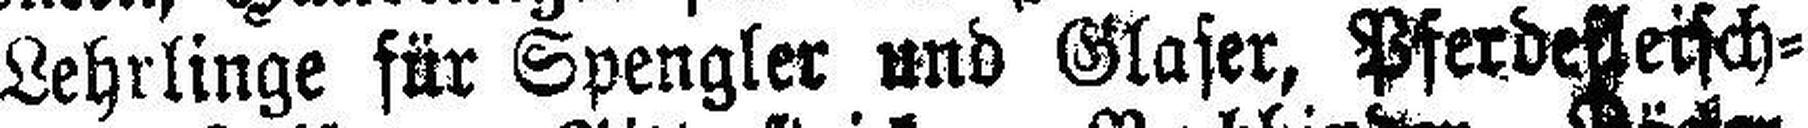
Lehrlinge für Spengler und Glaser, Pferdefleisch¬